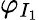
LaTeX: \varphi_{I_{1}}